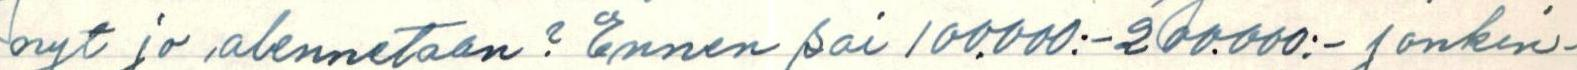
nyt jo alennetaan? Ennen sai 100.000:-200.000:- jonkin-